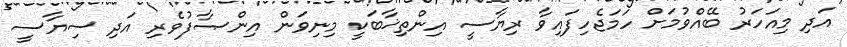
އަދި މިއަހަރު ބޭއްވުމަށް ހަމަޖެހިފައިވާ ރިޔާސީ އިންތިޚާބަކީ މިނިވަން އިންޞާފުވެރި އަދި ސިޔާސީ